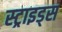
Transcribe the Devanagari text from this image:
स्ट्राइड्स